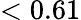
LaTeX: <0.61